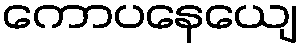
ကောပနေယျေ